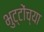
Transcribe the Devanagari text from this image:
भुट्टोंच्या